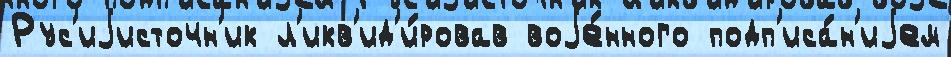
Рус'иjисточн'ик л'икв'ид'и́ровав воjе́нного подп'иса́н'иjем